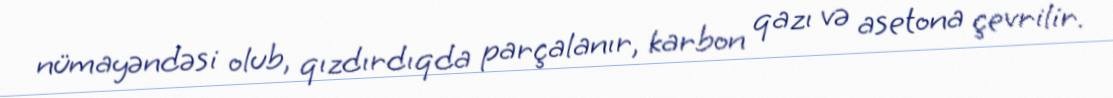
nümayəndəsi olub, qızdırdıqda parçalanır, karbon qazı və asetona çevrilir.